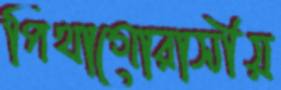
পিথাগোরাসীয়